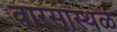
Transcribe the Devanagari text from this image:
वारसास्थळे